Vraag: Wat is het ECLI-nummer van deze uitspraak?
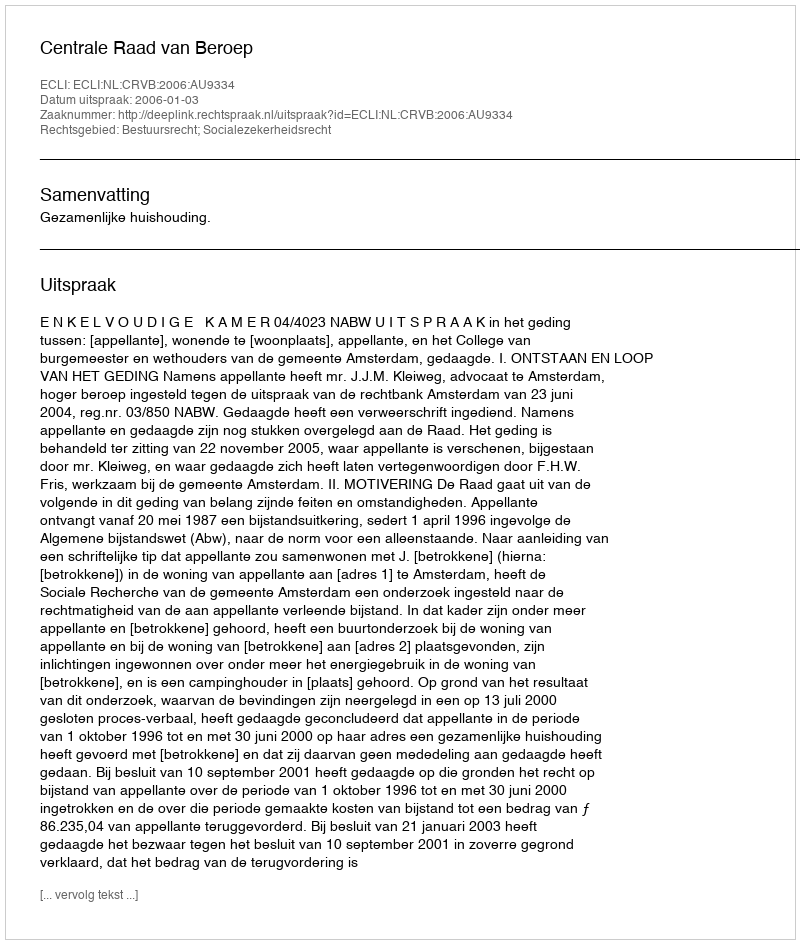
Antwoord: ECLI:NL:CRVB:2006:AU9334